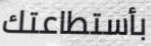
بأستطاعتك